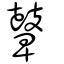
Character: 鼙